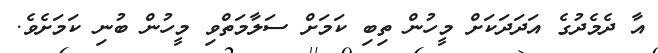
އާ ދެމެދުގެ އަދަދަކަށް މީހުން ތިބި ކަމަށް ސަލާމަތްވި މީހުން ބުނި ކަމަށެވެ.